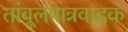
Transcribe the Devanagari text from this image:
तांबूलपात्रवाहक